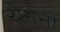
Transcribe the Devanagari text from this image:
रोमनो